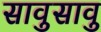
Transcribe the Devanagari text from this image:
सावुसावु